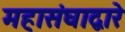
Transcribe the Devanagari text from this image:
महासंघाद्वारे